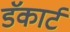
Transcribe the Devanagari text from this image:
डॅकार्ट